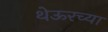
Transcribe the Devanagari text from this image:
थेऊरच्या